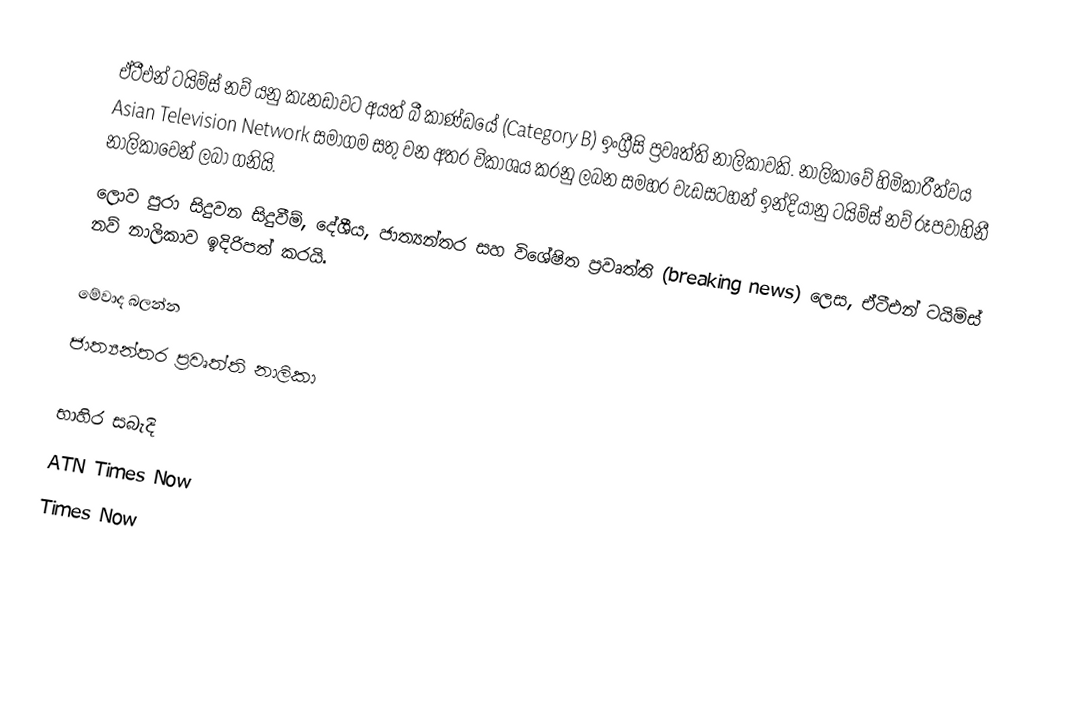
ඒටීඑන් ටයිම්ස් නව් යනු කැනඩාවට අයත් බී කාණ්ඩයේ (Category B) ඉංග්‍රීසි ප්‍රවෘත්ති නාලිකාවකි. නාලිකාවේ හිමිකාරීත්වය Asian Television Network සමාගම සතු වන අතර විකාශය කරනු ලබන සමහර වැඩසටහන් ඉන්දියානු ටයිම්ස් නව් රූපවාහිනී නාලිකාවෙන් ලබා ගනියි.
ලොව පුරා සිදුවන සිදුවීම්, දේශීය, ජාත්‍යන්තර සහ විශේෂිත ප්‍රවෘත්ති (breaking news) ලෙස, ඒටීඑන් ටයිම්ස් නව් නාලිකාව ඉදිරිපත් කරයි.

මේවාද බලන්න
 ජාත්‍යන්තර ප්‍රවෘත්ති නාලිකා

භාහිර සබැදි
 ATN Times Now
 Times Now